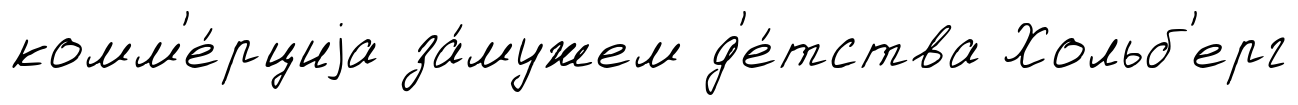
комм'е́рциjа за́мужем д'е́тства Хольб'ерг